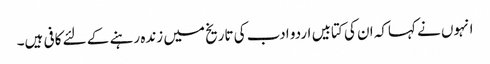
انہوں نے کہاکہ ان کی کتابیں اردو ادب کی تاریخ میں زندہ رہنے کے لئے کافی ہیں۔